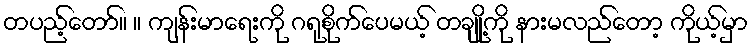
တပည့်တော်။ ။ ကျန်းမာရေးကို ဂရုစိုက်ပေမယ့် တချို့ကို နားမလည်တော့ ကိုယ့်မှာ